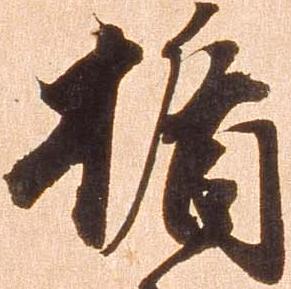
楯